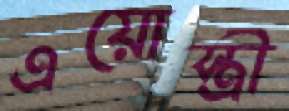
এয়োস্ত্রী